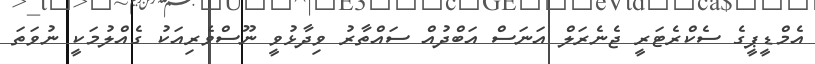
އެމްޑީޕީގެ ސެކްރެޓަރީ ޖެނެރަލް އަނަސް އަބްދުއް ސައްތާރު ވިދާޅުވީ ނޫސްވެރިއަކު ގެއްލުމަކީ ނުވަތަ